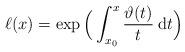
LaTeX: \begin{align*}\ell(x)=\exp\Big(\int_{x_0}^x \frac{\vartheta (t)}{t} {\: \rm d} t \Big)\end{align*}